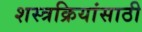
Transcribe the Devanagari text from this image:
शस्त्रक्रियांसाठी